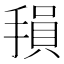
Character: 𫽭